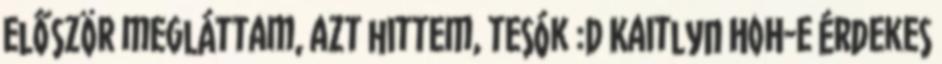
először megláttam, azt hittem, tesók :D Kaitlyn HoH-e érdekes